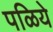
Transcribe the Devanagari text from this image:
पळिये